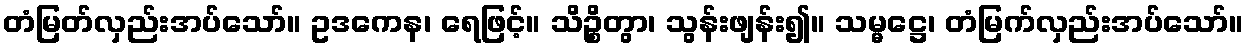
တံမြတ်လှည်းအပ်သော်။ ဥဒကေန၊ ရေဖြင့်။ သိဉ္စိတွာ၊ သွန်းဖျန်း၍။ သမ္မဋ္ဌေ၊ တံမြက်လှည်းအပ်သော်။